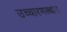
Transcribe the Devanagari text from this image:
उच्चारणस्थान